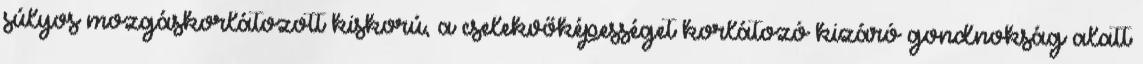
súlyos mozgáskorlátozott kiskorú, a cselekvőképességet korlátozó kizáró gondnokság alatt